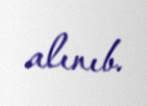
alınıb.